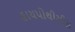
હાયપોથીસીસ